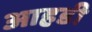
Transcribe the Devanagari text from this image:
आहडी